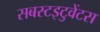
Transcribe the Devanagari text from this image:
सबस्टइटुवेंटस